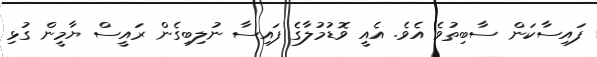
ފައިސާކަން ސާބިތުވެ އެވެ. އެއީ ވޮޑުމުލާގެ ފައިސާ ނުލިބިގެން ރައީސް ޔާމީން ގުޅި